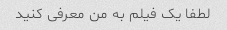
لطفا یک فیلم به من معرفی کنید